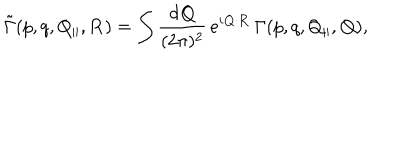
\tilde { \Gamma } ( p , q , Q _ { \| } , { \bf R } ) = \int { \frac { d { \bf Q } } { ( 2 \pi ) ^ { 2 } } } \, e ^ { i { \bf Q } \cdot { \bf R } } \, \Gamma ( p , q , Q _ { \| } , { \bf Q } ) ,